Code of medical and sanitary regulations for the guidance of medical officers serving in the Madras Presidency - Volume I
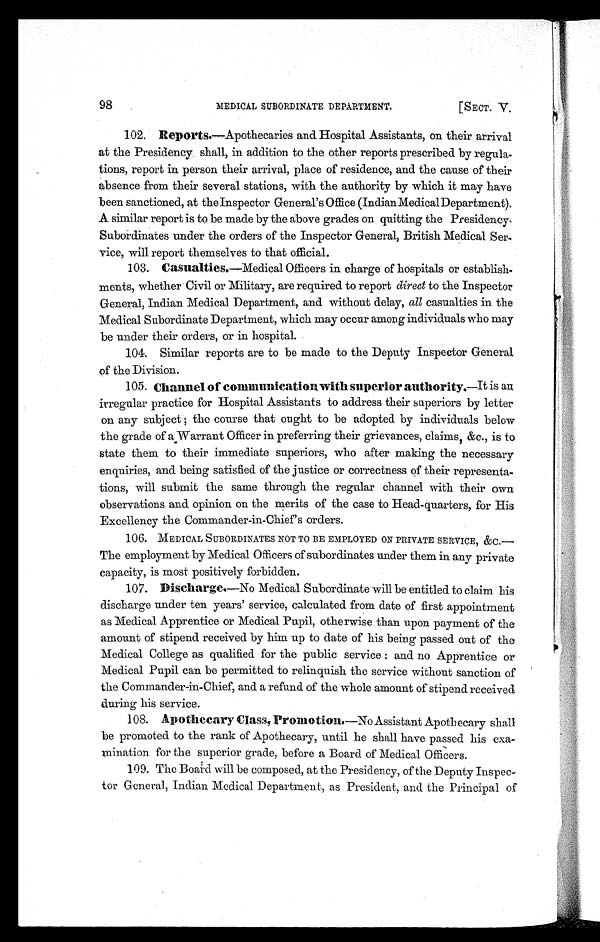
MEDICAL SUBORDINATE DEPARTMENT.
[SECT. V.
98
102. Reports.—Apothecaries and Hospital Assistants, on their arrival
at the Presidency shall, in addition to the other reports prescribed by regula-
tions, report in person their arrival, place of residence, and the cause of their
absence from their several stations, with the authority by which it may have
been sanctioned, at the Inspector General's Office (Indian MedicalDepartment).
A similar report is to be made by the above grades on quitting the Presidency.
Subordinates under the orders of the Inspector General, British Medical Ser-
vice, will report themselves to that official.
103. Casualties.—Medical Officers in charge of hospitals or establish-
ments, whether Civil or Military, are required to report direct to the Inspector
General, Indian Medical Department, and without delay, all casualties in the
Medical Subordinate Department, which may occur among individuals who may
be under their orders, or in hospital.
104. Similar reports are to be made to the Deputy Inspector General
of the Division.
105. Channel of communication with superior authority.—It is an
irregular practice for Hospital Assistants to address their superiors by letter
on any subject ; the course that ought to be adopted by individuals below
the grade of a Warrant Officer in preferring their grievances, claims, &c., is to
state them to their immediate superiors, who after making the necessary
enquiries, and being satisfied of the justice or correctness of their representa-
tions, will submit the same through the regular channel with their own
observations and opinion on the merits of the case to Head-quarters, for His
Excellency the Commander-in-Chief's orders.
106.
MEDICAL SUBORDINATES NOT TO BE EMPLOYED ON PRIVATE SERVICE, &C.
The employment by Medical Officers of subordinates under them in any private
capacity, is most positively forbidden.
107. Discharge.—N o
M e d i c a l S u b o r d i n a t e w i l l b e e n t i t l e d t o c l a i m h i s
discharge under ten years' service, calculated from date of first appointment
as Medical Apprentice or Medical Pupil, otherwise than upon payment of the
amount of stipend received by him up to date of his being passed out of the
Medical College as qualified for the public service : and no Apprentice or
Medical Pupil can be permitted to relinquish the service without sanction of
the Commander-in-Chief, and a refund of the whole amount of stipend received
during his service.
108. Apothecary Class, Promotion.—No Assistant Apothecary shall
be promoted to the rank of Apothecary, until he shall have passed his exa-
mination for the superior grade, before a Board of Medical Officers.
109. The Board will be composed, at the Presidency, of the Deputy Inspec-
tor General, Indian Medical Department, as President, and the Principal of